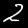
Label: 2